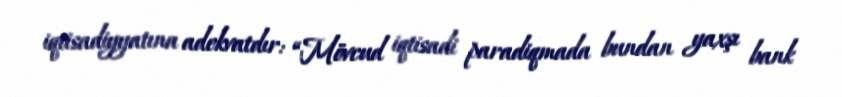
iqtisadiyyatına adekvatdır: “Mövcud iqtisadi paradiqmada bundan yaxşı bank